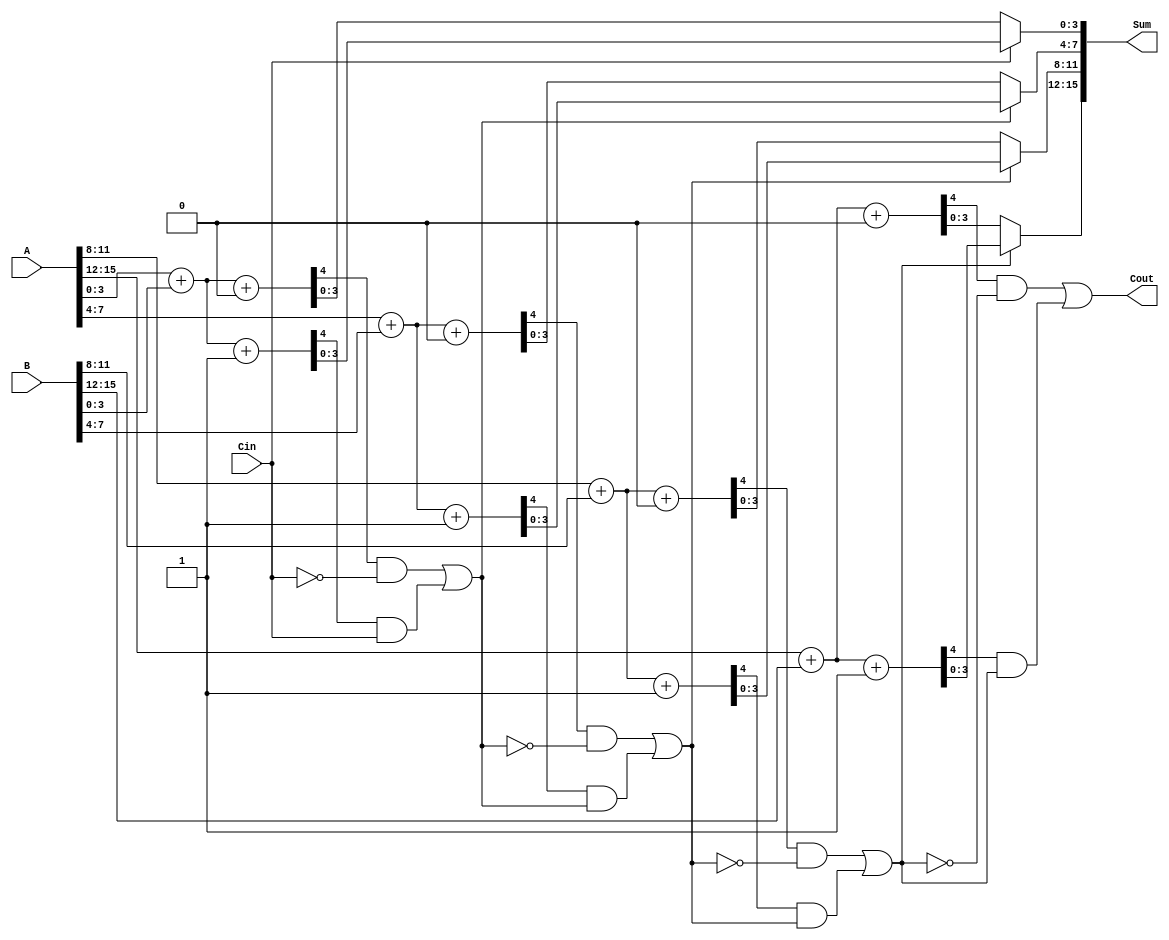
module DynamicCarrySelectAdder #(
    parameter N = 16 // Total bit-width of the adder
)(
    input wire [N-1:0] A,     // First operand
    input wire [N-1:0] B,     // Second operand
    input wire Cin,            // Carry-in from previous stage
    output wire [N-1:0] Sum,   // Resultant sum
    output wire Cout           // Carry-out to next stage
);

    localparam SEGMENT_SIZE = 4; // Size of each segment
    localparam NUM_SEGMENTS = N / SEGMENT_SIZE; // Number of segments

    wire [SEGMENT_SIZE-1:0] sum0 [0:NUM_SEGMENTS-1]; // Sum for carry-in = 0
    wire [SEGMENT_SIZE-1:0] sum1 [0:NUM_SEGMENTS-1]; // Sum for carry-in = 1
    wire cout0 [0:NUM_SEGMENTS-1]; // Carry-out for carry-in = 0
    wire cout1 [0:NUM_SEGMENTS-1]; // Carry-out for carry-in = 1
    wire [NUM_SEGMENTS-1:0] mux_select; // Mux selection for carry-out

    // Generate sums and carries for each segment
    genvar i;
    generate
        for (i = 0; i < NUM_SEGMENTS; i = i + 1) begin : segment
            wire [SEGMENT_SIZE-1:0] A_seg = A[(i+1)*SEGMENT_SIZE-1:i*SEGMENT_SIZE];
            wire [SEGMENT_SIZE-1:0] B_seg = B[(i+1)*SEGMENT_SIZE-1:i*SEGMENT_SIZE];

            // Calculate sum and carry-out for carry-in = 0
            assign {cout0[i], sum0[i]} = A_seg + B_seg + 1'b0;

            // Calculate sum and carry-out for carry-in = 1
            assign {cout1[i], sum1[i]} = A_seg + B_seg + 1'b1;
        end
    endgenerate

    // Determine the carry propagating through segments
    assign mux_select[0] = Cin; // The first segment directly uses Cin

    generate
        for (i = 1; i < NUM_SEGMENTS; i = i + 1) begin : carry_select
            // Select the carry-out based on the previous carry-in
            assign mux_select[i] = cout0[i-1] & ~mux_select[i-1] | cout1[i-1] & mux_select[i-1];
        end
    endgenerate

    // Final output sum selection using MUX
    generate
        for (i = 0; i < NUM_SEGMENTS; i = i + 1) begin : sum_mux
            assign Sum[(i+1)*SEGMENT_SIZE-1:i*SEGMENT_SIZE] =
                mux_select[i] ? sum1[i] : sum0[i];
        end
    endgenerate

    // Final carry-out from last segment
    assign Cout = cout0[NUM_SEGMENTS-1] & ~mux_select[NUM_SEGMENTS-1] |
                  cout1[NUM_SEGMENTS-1] & mux_select[NUM_SEGMENTS-1];

endmodule